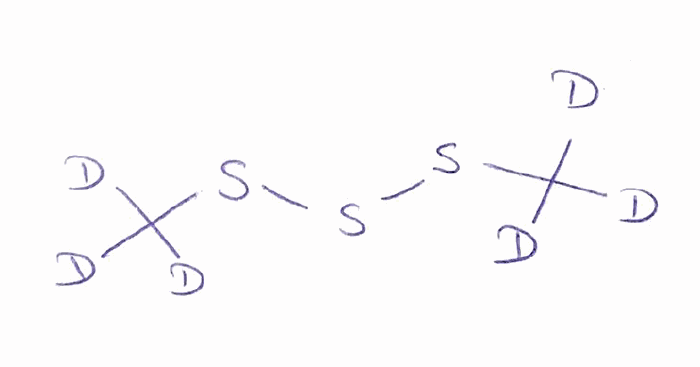
Simplified molecular-input line-entry system (SMILES) notation of the given molecule:
[2H]C([2H])([2H])SSSC([2H])([2H])[2H]